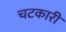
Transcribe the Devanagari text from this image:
चटकारी